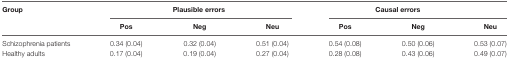
| Group | <COLSPAN=3> Plausible errors | <COLSPAN=3> Causal errors |
 |  | Pos | Neg | Neu | Pos | Neg | Neu |
 | --- | --- | --- | --- | --- | --- | --- |
 | Schizophrenia patients | 0.34 (0.04) | 0.32 (0.04) | 0.51 (0.04) | 0.54 (0.08) | 0.50 (0.06) | 0.53 (0.07) |
 | Healthy adults | 0.17 (0.04) | 0.19 (0.04) | 0.27 (0.04) | 0.28 (0.08) | 0.43 (0.06) | 0.49 (0.07) |